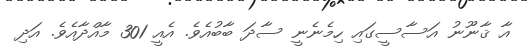
އާ ޤާނޫނު އަސާސީގައި ހިމެނެނީ ސާދަ ބާބުއެވެ. އެއީ 301 މާއްދާއެވެ. އަދި